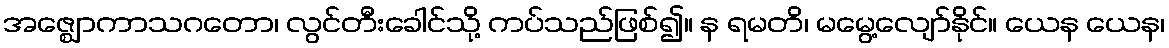
အဇ္ဈောကာသဂတော၊ လွင်တီးခေါင်သို့ ကပ်သည်ဖြစ်၍။ န ရမတိ၊ မမွေ့လျော်နိုင်။ ယေန ယေန၊